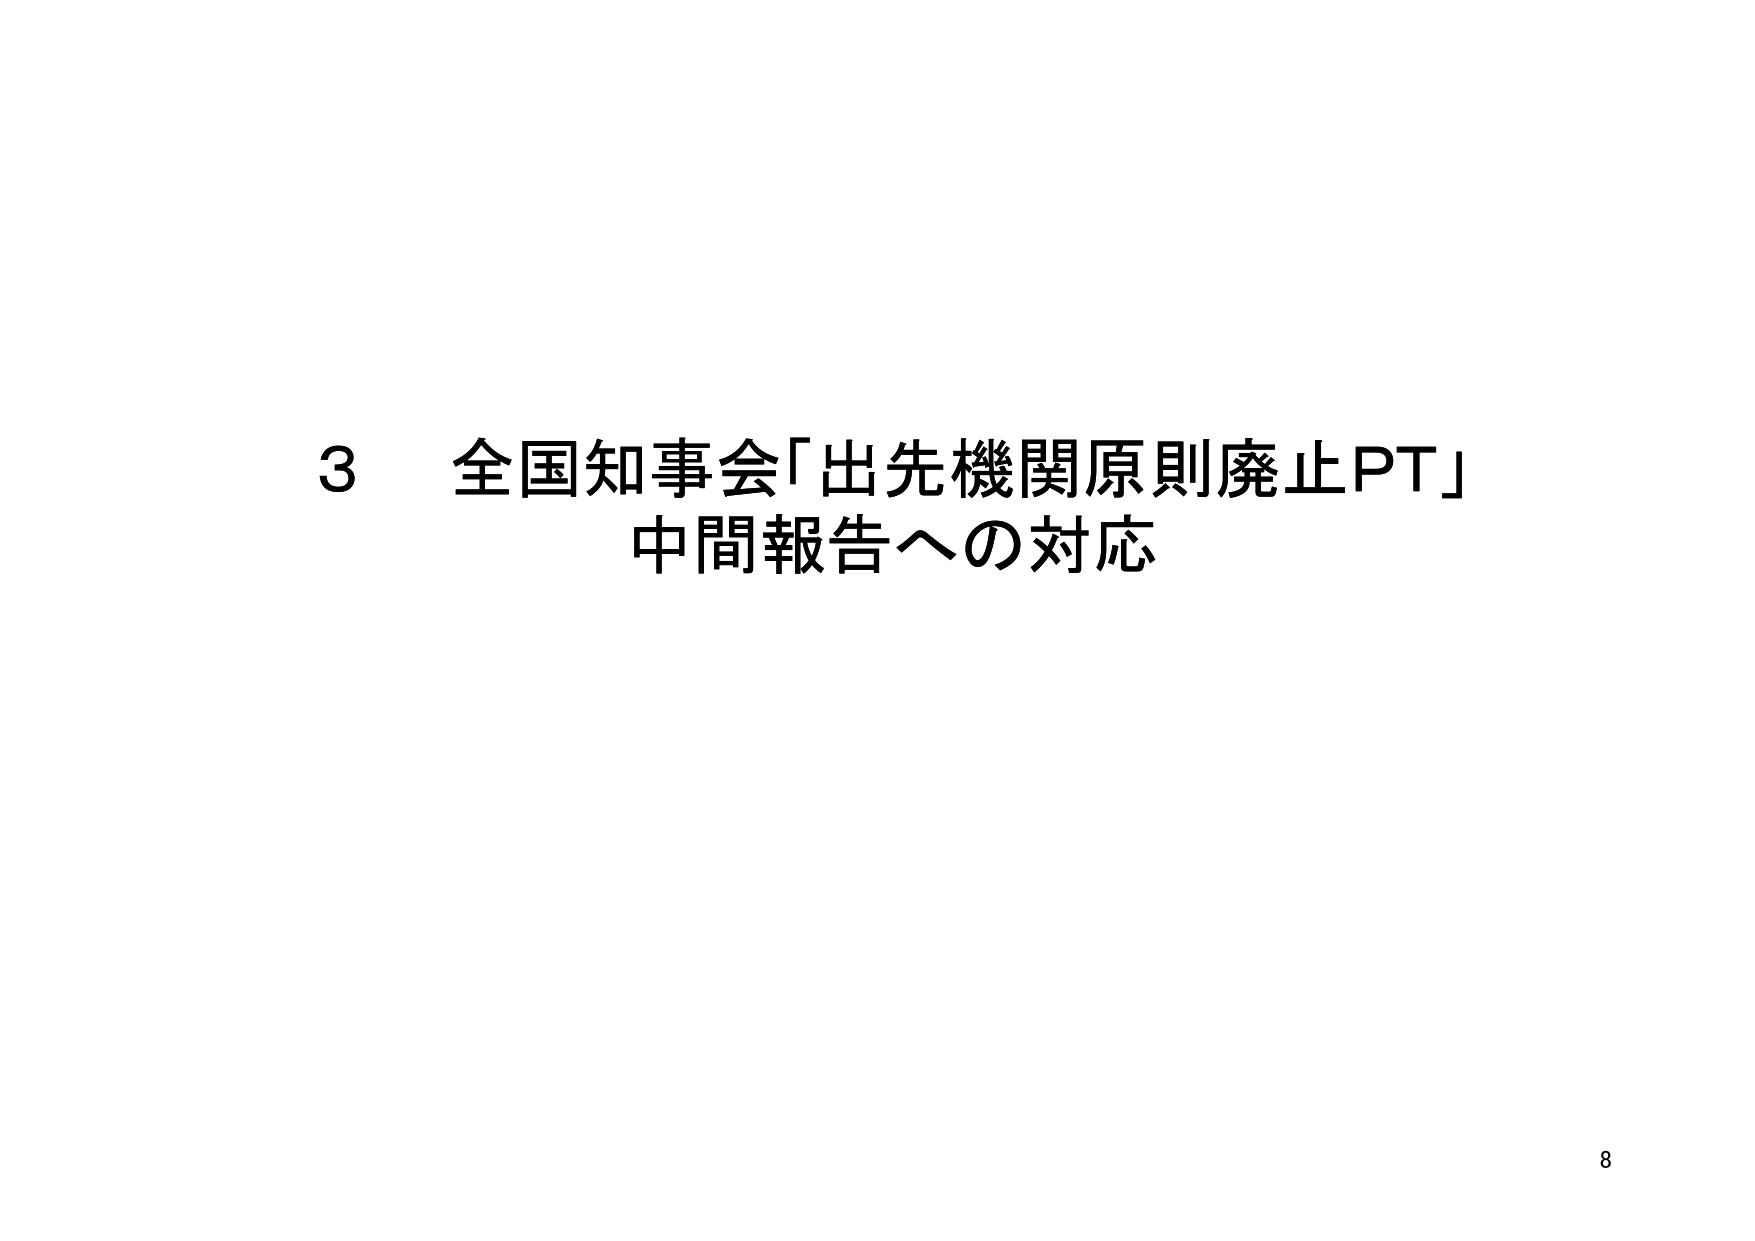
3 全国知事会「出先機関原則廃止PT」
中間報告への対応
8